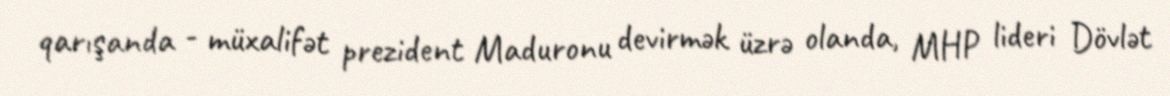
qarışanda - müxalifət prezident Maduronu devirmək üzrə olanda, MHP lideri Dövlət